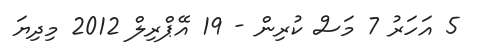
5 އަހަރު 7 މަސް ކުރިން - 19 އޭޕްރިލް 2012 މިދިޔަ